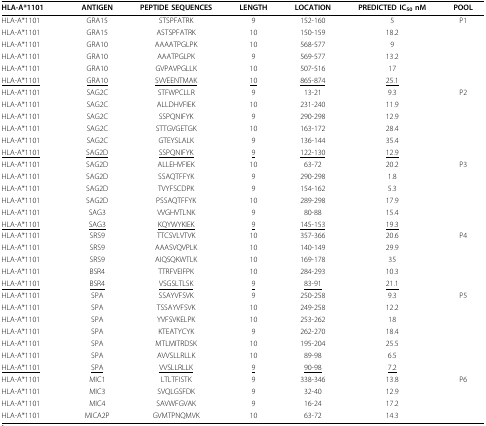
<table><thead><tr><td><b>HLA-A*1101</b></td><td><b>ANTIGEN</b></td><td><b>PEPTIDE SEQUENCES</b></td><td><b>LENGTH</b></td><td><b>LOCATION</b></td><td><b>PREDICTED IC<sub>50 </sub>nM</b></td><td><b>POOL</b></td></tr></thead><tbody><tr><td>HLA-A*1101</td><td>GRA15</td><td>STSPFATRK</td><td>9</td><td>152-160</td><td>5</td><td>P1</td></tr><tr><td>HLA-A*1101</td><td>GRA15</td><td>ASTSPFATRK</td><td>10</td><td>150-159</td><td>18.2</td><td></td></tr><tr><td>HLA-A*1101</td><td>GRA10</td><td>AAAATPGLPK</td><td>10</td><td>568-577</td><td>9</td><td></td></tr><tr><td>HLA-A*1101</td><td>GRA10</td><td>AAATPGLPK</td><td>9</td><td>569-577</td><td>13.2</td><td></td></tr><tr><td>HLA-A*1101</td><td>GRA10</td><td>GVPAVPGLLK</td><td>10</td><td>507-516</td><td>17</td><td></td></tr><tr><td><underline>HLA-A*1101</underline></td><td><underline>GRA10</underline></td><td><underline>SVVEENTMAK</underline></td><td><underline>10</underline></td><td><underline>865-874</underline></td><td><underline>25.1</underline></td><td></td></tr><tr><td>HLA-A*1101</td><td>SAG2C</td><td>STFWPCLLR</td><td>9</td><td>13-21</td><td>9.3</td><td>P2</td></tr><tr><td>HLA-A*1101</td><td>SAG2C</td><td>ALLDHVFIEK</td><td>10</td><td>231-240</td><td>11.9</td><td></td></tr><tr><td>HLA-A*1101</td><td>SAG2C</td><td>SSPQNIFYK</td><td>9</td><td>290-298</td><td>12.9</td><td></td></tr><tr><td>HLA-A*1101</td><td>SAG2C</td><td>STTGVGETGK</td><td>10</td><td>163-172</td><td>28.4</td><td></td></tr><tr><td>HLA-A*1101</td><td>SAG2C</td><td>GTEYSLALK</td><td>9</td><td>136-144</td><td>35.4</td><td></td></tr><tr><td><underline>HLA-A*1101</underline></td><td><underline>SAG2D</underline></td><td><underline>SSPQNIFYK</underline></td><td><underline>9</underline></td><td><underline>122-130</underline></td><td><underline>12.9</underline></td><td></td></tr><tr><td>HLA-A*1101</td><td>SAG2D</td><td>ALLEHVFIEK</td><td>10</td><td>63-72</td><td>20.2</td><td>P3</td></tr><tr><td>HLA-A*1101</td><td>SAG2D</td><td>SSAQTFFYK</td><td>9</td><td>290-298</td><td>1.8</td><td></td></tr><tr><td>HLA-A*1101</td><td>SAG2D</td><td>TVYFSCDPK</td><td>9</td><td>154-162</td><td>5.3</td><td></td></tr><tr><td>HLA-A*1101</td><td>SAG2D</td><td>PSSAQTFFYK</td><td>10</td><td>289-298</td><td>17.9</td><td></td></tr><tr><td>HLA-A*1101</td><td>SAG3</td><td>VVGHVTLNK</td><td>9</td><td>80-88</td><td>15.4</td><td></td></tr><tr><td><underline>HLA-A*1101</underline></td><td><underline>SAG3</underline></td><td><underline>KQYWYKIEK</underline></td><td><underline>9</underline></td><td><underline>145-153</underline></td><td><underline>19.3</underline></td><td></td></tr><tr><td>HLA-A*1101</td><td>SRS9</td><td>TTCSVLVTVK</td><td>10</td><td>357-366</td><td>20.6</td><td>P4</td></tr><tr><td>HLA-A*1101</td><td>SRS9</td><td>AAASVQVPLK</td><td>10</td><td>140-149</td><td>29.9</td><td></td></tr><tr><td>HLA-A*1101</td><td>SRS9</td><td>AIQSQKWTLK</td><td>10</td><td>169-178</td><td>35</td><td></td></tr><tr><td>HLA-A*1101</td><td>BSR4</td><td>TTRFVEIFPK</td><td>10</td><td>284-293</td><td>10.3</td><td></td></tr><tr><td><underline>HLA-A*1101</underline></td><td><underline>BSR4</underline></td><td><underline>VSGSLTLSK</underline></td><td><underline>9</underline></td><td><underline>83-91</underline></td><td><underline>21.1</underline></td><td></td></tr><tr><td>HLA-A*1101</td><td>SPA</td><td>SSAYVFSVK</td><td>9</td><td>250-258</td><td>9.3</td><td>P5</td></tr><tr><td>HLA-A*1101</td><td>SPA</td><td>TSSAYVFSVK</td><td>10</td><td>249-258</td><td>12.2</td><td></td></tr><tr><td>HLA-A*1101</td><td>SPA</td><td>YVFSVKELPK</td><td>10</td><td>253-262</td><td>18</td><td></td></tr><tr><td>HLA-A*1101</td><td>SPA</td><td>KTEATYCYK</td><td>9</td><td>262-270</td><td>18.4</td><td></td></tr><tr><td>HLA-A*1101</td><td>SPA</td><td>MTLMITRDSK</td><td>10</td><td>195-204</td><td>25.5</td><td></td></tr><tr><td>HLA-A*1101</td><td>SPA</td><td>AVVSLLRLLK</td><td>10</td><td>89-98</td><td>6.5</td><td></td></tr><tr><td><underline>HLA-A*1101</underline></td><td><underline>SPA</underline></td><td><underline>VVSLLRLLK</underline></td><td><underline>9</underline></td><td><underline>90-98</underline></td><td><underline>7.2</underline></td><td></td></tr><tr><td>HLA-A*1101</td><td>MIC1</td><td>LTLTFISTK</td><td>9</td><td>338-346</td><td>13.8</td><td>P6</td></tr><tr><td>HLA-A*1101</td><td>MIC3</td><td>SVQLGSFDK</td><td>9</td><td>32-40</td><td>12.9</td><td></td></tr><tr><td>HLA-A*1101</td><td>MIC4</td><td>SAVWFGVAK</td><td>9</td><td>16-24</td><td>17.2</td><td></td></tr><tr><td>HLA-A*1101</td><td>MICA2P</td><td>GVMTPNQMVK</td><td>10</td><td>63-72</td><td>14.3</td><td></td></tr></tbody></table>